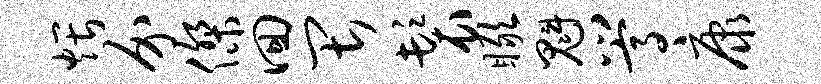
煨介杰回畏鬟瞰魁嵩康